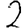
Digit: 2